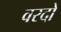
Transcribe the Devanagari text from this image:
वरदो